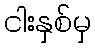
ငါးနှစ်မှ